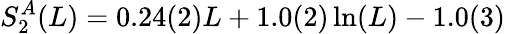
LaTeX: S_{2}^{A}(L)=0.24(2)L+1.0(2)\ln(L)-1.0(3)